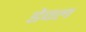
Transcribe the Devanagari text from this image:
डेवल